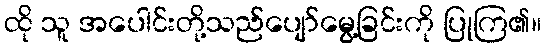
ထို သူ အပေါင်းတို့သည်ပျော်မွေ့ခြင်းကို ပြုကြ၏။